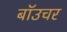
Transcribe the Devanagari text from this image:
बॉउचर